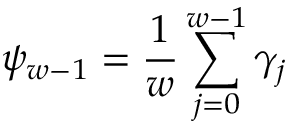
\displaystyle { \psi _ { w - 1 } = \frac { 1 } { w } \sum _ { j = 0 } ^ { w - 1 } \gamma _ { j } }